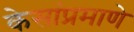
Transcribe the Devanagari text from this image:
केसांप्रमाणे